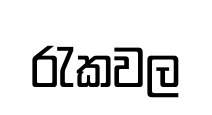
රැකවල